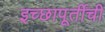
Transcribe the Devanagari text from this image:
इच्छापूर्तीची